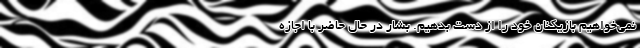
نمی‌خواهیم بازیکنان خود را از دست بدهیم. بشار در حال حاضر با اجازه